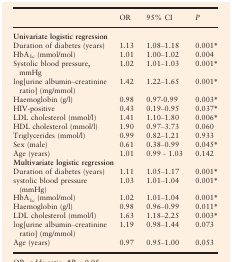
<table><thead><tr><td></td><td><b>OR</b></td><td><b>95% CI</b></td><td><b><i>P</i></b></td></tr></thead><tbody><tr><td colspan="4"><b>Univariate logistic regression</b></td></tr><tr><td>Duration of diabetes (years)</td><td>1.13</td><td>1.08–1.18</td><td>0.001*</td></tr><tr><td>HbA<sub>1c</sub> (mmol/mol)</td><td>1.01</td><td>1.00–1.02</td><td>0.004</td></tr><tr><td>Systolic blood pressure, mmHg</td><td>1.02</td><td>1.01–1.03</td><td>0.001*</td></tr><tr><td>log[urine albumin–creatinine ratio] (mg/mmol)</td><td>1.42</td><td>1.22–1.65</td><td>0.001*</td></tr><tr><td>Haemoglobin (g/l)</td><td>0.98</td><td>0.97-0.99</td><td>0.003*</td></tr><tr><td>HIV-positive</td><td>0.43</td><td>0.19–0.95</td><td>0.037*</td></tr><tr><td>LDL cholesterol (mmol/l)</td><td>1.41</td><td>1.10–1.80</td><td>0.006*</td></tr><tr><td>HDL cholesterol (mmol/l)</td><td>1.90</td><td>0.97–3.73</td><td>0.060</td></tr><tr><td>Triglycerides (mmol/l)</td><td>0.99</td><td>0.82–1.21</td><td>0.933</td></tr><tr><td>Sex (male)</td><td>0.61</td><td>0.38–0.99</td><td>0.045*</td></tr><tr><td>Age (years)</td><td>1.01</td><td>0.99 - 1.03</td><td>0.142</td></tr><tr><td colspan="4"><b>Multivariate logistic regression</b></td></tr><tr><td>Duration of diabetes (years)</td><td>1.11</td><td>1.05–1.17</td><td>0.001*</td></tr><tr><td>systolic blood pressure (mmHg)</td><td>1.03</td><td>1.01–1.04</td><td>0.001*</td></tr><tr><td>HbA<sub>1c</sub> (mmol/mol)</td><td>1.02</td><td>1.01–1.04</td><td>0.001*</td></tr><tr><td>Haemoglobin (g/l)</td><td>0.98</td><td>0.96–0.99</td><td>0.011*</td></tr><tr><td>LDL cholesterol (mmol/l)</td><td>1.63</td><td>1.18–2.25</td><td>0.003*</td></tr><tr><td>log[urine albumin–creatinine ratio] (mg/mmol)</td><td>1.19</td><td>0.98–1.44</td><td>0.073</td></tr><tr><td>Age (years)</td><td>0.97</td><td>0.95–1.00</td><td>0.053</td></tr></tbody></table>